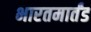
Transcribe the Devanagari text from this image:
भारतमार्तंड